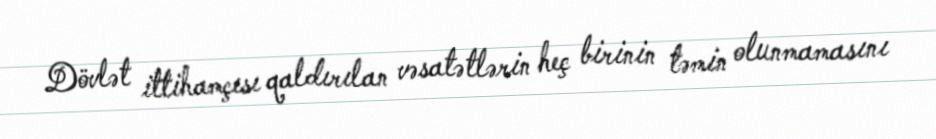
Dövlət ittihamçısı qaldırılan vəsatətlərin heç birinin təmin olunmamasını